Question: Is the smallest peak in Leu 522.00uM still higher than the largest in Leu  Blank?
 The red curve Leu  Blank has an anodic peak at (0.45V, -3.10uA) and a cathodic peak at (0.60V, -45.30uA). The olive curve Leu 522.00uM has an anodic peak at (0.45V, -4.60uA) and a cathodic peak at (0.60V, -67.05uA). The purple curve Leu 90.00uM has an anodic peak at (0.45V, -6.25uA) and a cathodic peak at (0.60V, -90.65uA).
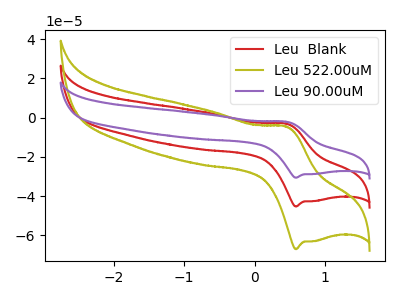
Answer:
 <answer>The peaks in "Leu 522.00uM" are neither all higher or all lower than the peaks in "Leu  Blank".</answer>
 <eval>mixed</eval>